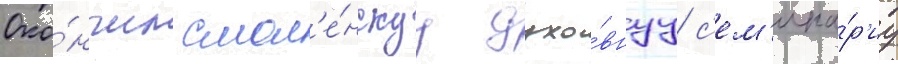
Око́нчил смол'е́нскуу духо́внуу с'ем'ина́р'иу